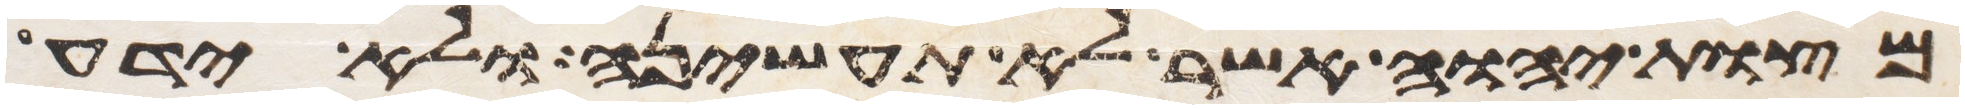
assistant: מצות יהוה אשר לא תעשיהן ולא ידע